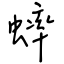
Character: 蟀